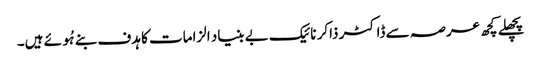
پچھلے کچھ عرصہ سے ڈاکٹر ذاکر نائیک بے بنیاد الزامات کا ہدف بنے ہُوئے ہیں۔